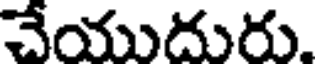
చేయుదురు.